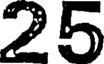
25